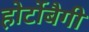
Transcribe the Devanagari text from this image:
होर्टोबैगी